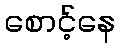
စောင့်နေ